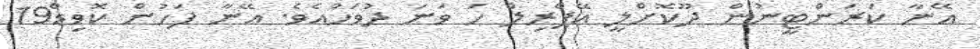
އޭނާ ކަރަންޓީނުން ދޫކޮށްލީ އޭޕްރިލް ހަ ވަނަ ދުވަހުއެވެ. އޭނާ ފަހުން ކޮވިޑް19